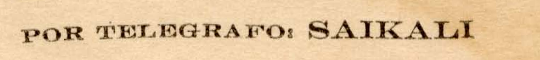
POR TELEGRAFO: SAIKALI